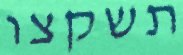
תשקצו